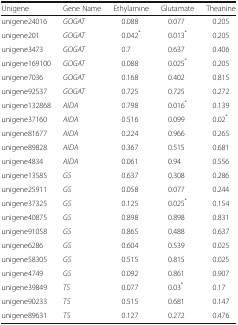
| Unigene | Gene Name | Ethylamine | Glutamate | Theanine |
 | --- | --- | --- | --- | --- |
 | unigene24016 | GOGAT | 0.088 | 0.077 | 0.205 |
 | unigene201 | GOGAT | 0.042* | 0.013* | 0.205 |
 | unigene3473 | GOGAT | 0.7 | 0.637 | 0.406 |
 | unigene169100 | GOGAT | 0.088 | 0.025* | 0.205 |
 | unigene7036 | GOGAT | 0.168 | 0.402 | 0.815 |
 | unigene92537 | GOGAT | 0.725 | 0.725 | 0.272 |
 | unigene132868 | AIDA | 0.798 | 0.016* | 0.139 |
 | unigene37160 | AIDA | 0.516 | 0.099 | 0.02* |
 | unigene81677 | AIDA | 0.224 | 0.966 | 0.265 |
 | unigene89828 | AIDA | 0.367 | 0.515 | 0.681 |
 | unigene4834 | AIDA | 0.061 | 0.94 | 0.556 |
 | unigene13585 | GS | 0.637 | 0.308 | 0.286 |
 | unigene25911 | GS | 0.058 | 0.077 | 0.244 |
 | unigene37325 | GS | 0.125 | 0.025* | 0.154 |
 | unigene40875 | GS | 0.898 | 0.898 | 0.831 |
 | unigene91058 | GS | 0.865 | 0.488 | 0.637 |
 | unigene6286 | GS | 0.604 | 0.539 | 0.025 |
 | unigene58305 | GS | 0.515 | 0.815 | 0.025 |
 | unigene4749 | GS | 0.092 | 0.861 | 0.907 |
 | unigene39849 | TS | 0.077 | 0.03* | 0.17 |
 | unigene90233 | TS | 0.515 | 0.681 | 0.147 |
 | unigene89631 | TS | 0.127 | 0.272 | 0.476 |